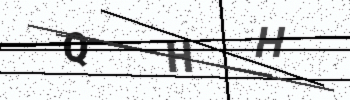
Text: QHH